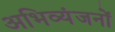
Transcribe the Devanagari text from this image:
अभिव्यंजनों